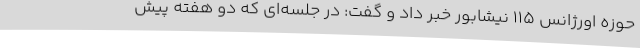
حوزه اورژانس 115 نیشابور خبر داد و گفت: در جلسه‌ای که دو هفته پیش